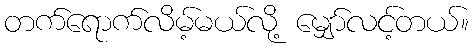
တက်ရောက်လိမ့်မယ်လို့ မျှော်လင့်တယ်။